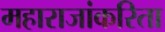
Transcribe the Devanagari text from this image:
महाराजांकरिता